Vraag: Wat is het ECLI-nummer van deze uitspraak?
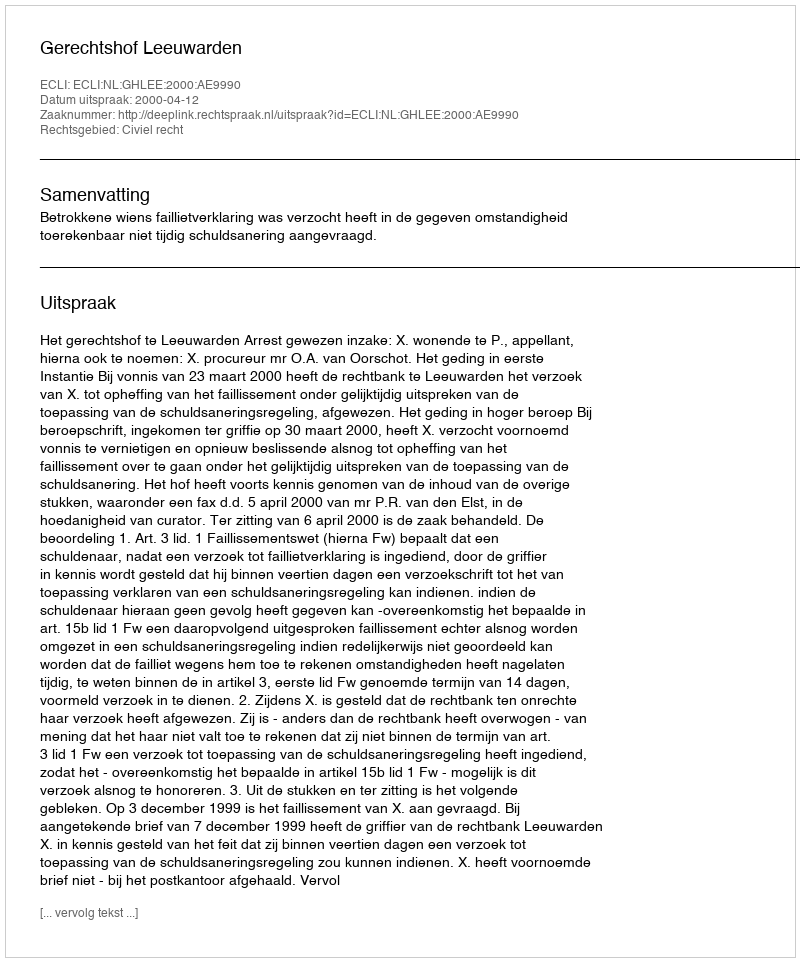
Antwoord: ECLI:NL:GHLEE:2000:AE9990